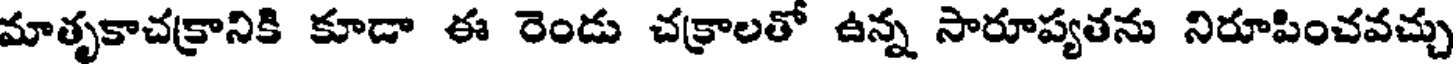
మాతృకాచక్రానికి కూడా ఈ రెండు చక్రాలతో ఉన్న సారూప్యతను నిరూపించవచ్చు